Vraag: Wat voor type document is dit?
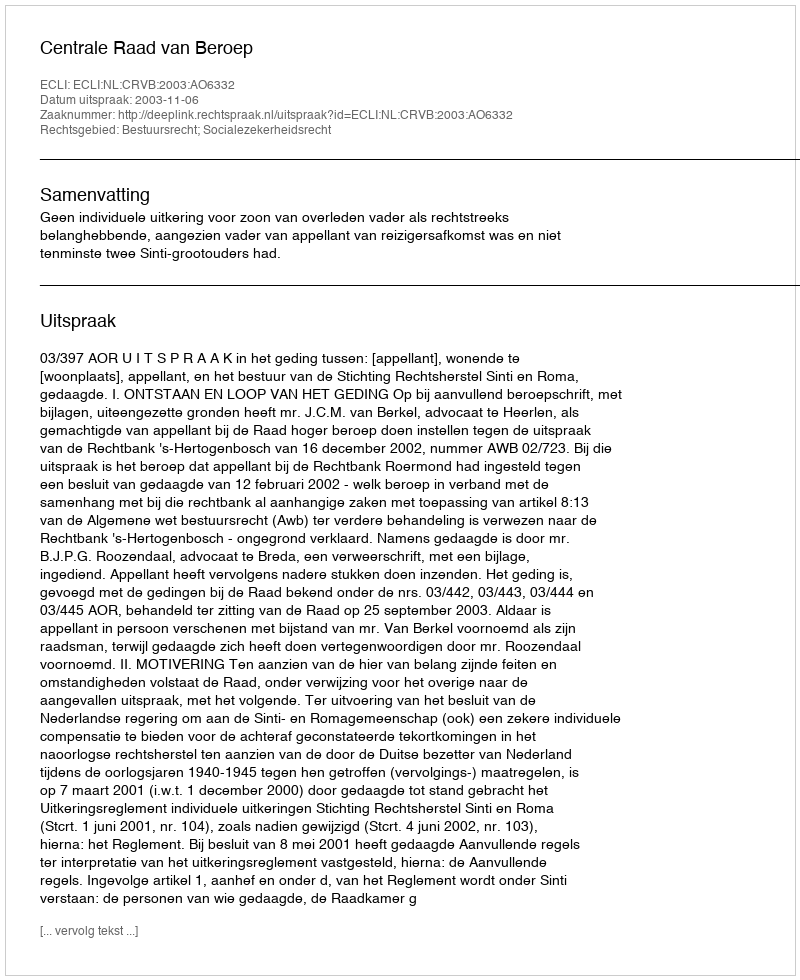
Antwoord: Uitspraak